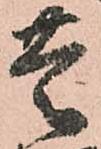
豊